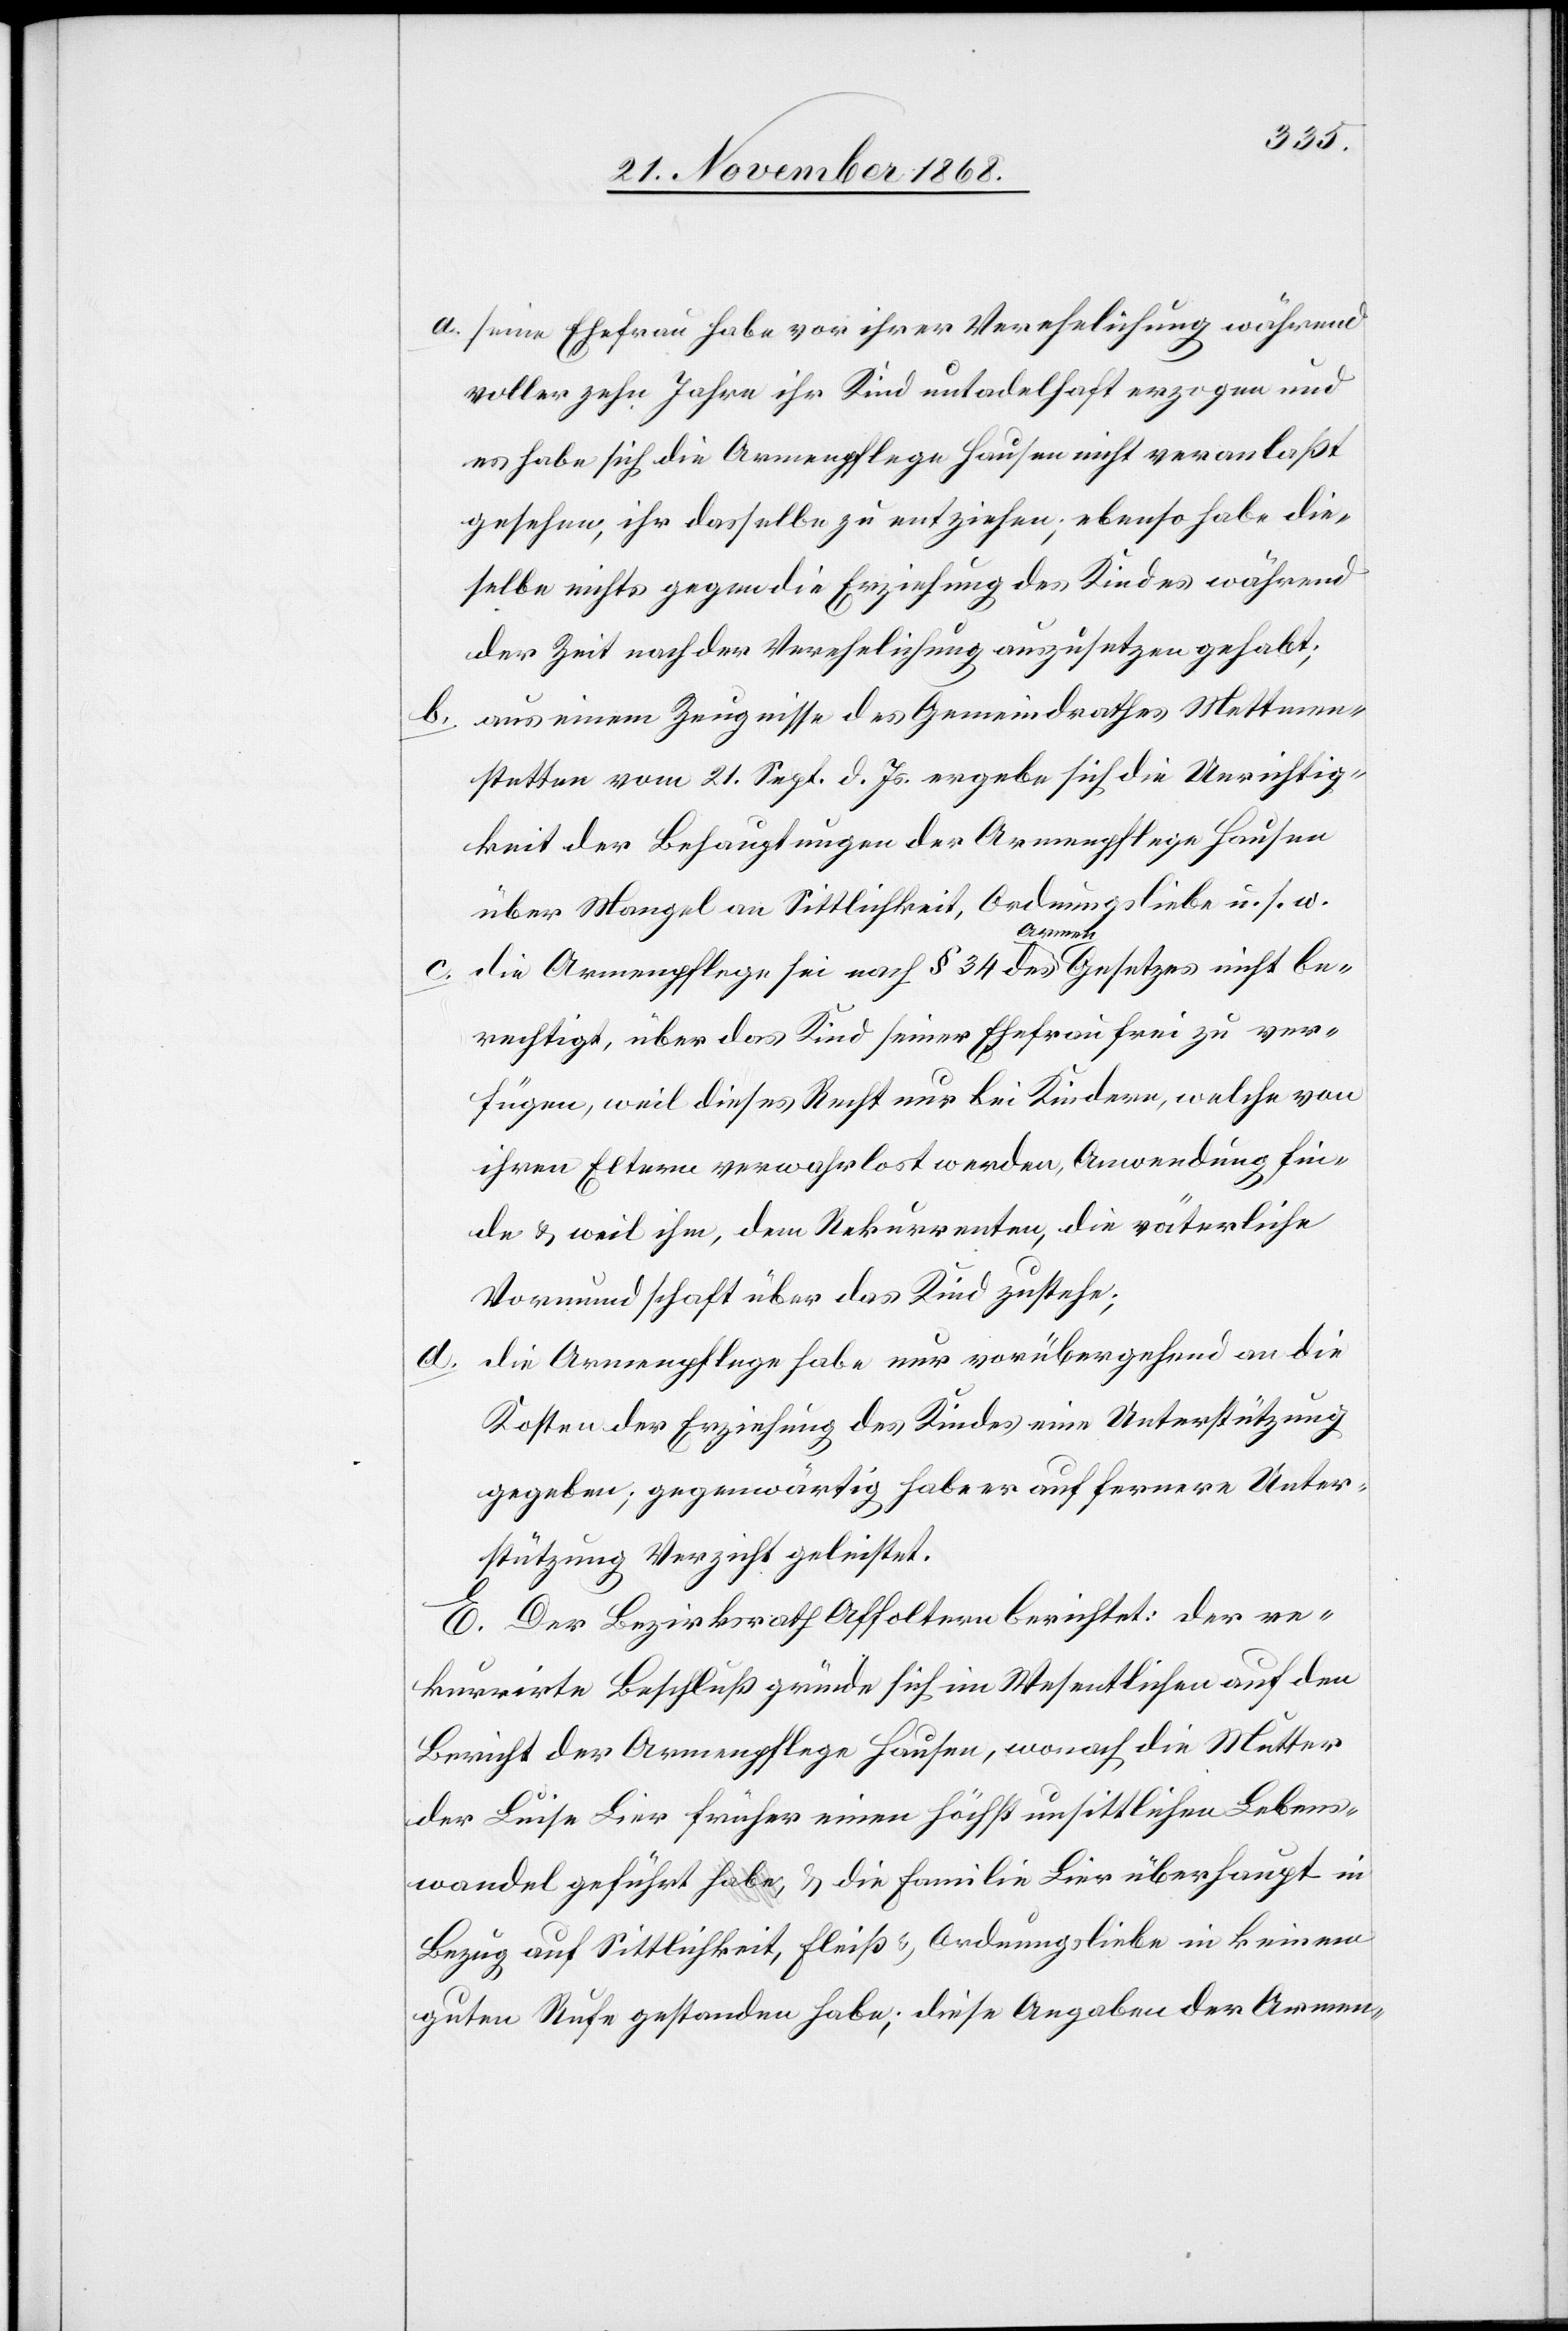
d.

b.

seine Ehefrau habe vor ihrer Verehelichung während
voller zehn Jahre ihr Kind untadelhaft erzogen und
es habe sich die Armenpflege Hausen nicht veranlaßt
gesehen, ihr dasselbe zu entziehen; ebenso habe die¬
selbe nichts gegen die Erziehung des Kindes während
der Zeit nach der Verehelichung auszusetzen gehabt;
aus einem Zeugnisse des Gemeindrathes Mettmen¬
stetten vom 21. Sept. d. Js. ergebe sich die Unrichtig¬
keit der Behauptungen der Armenpflege Hausen
über Mangel an Sittlichkeit, Ordnungsliebe u. s. w.
c.
die Armenpflege sei nach § 34 des Armen Gesetzes nicht be¬
rechtigt, über das Kind seiner Ehefrau frei zu ver¬
fügen, weil dieses Recht nur bei Kindern, welche von
ihren Eltern verwahrlost werden, Anwendung fin¬
de & weil ihm, dem Rekurrenten, die väterliche
Vormundschaft über das Kind zustehe;
die Armenpflege habe nur vorübergehend an die
Kosten der Erziehung des Kindes eine Unterstützung
gegeben; gegenwärtig habe er auf fernere Unter¬
stützung Verzicht geleistet.
E. Der Bezirksrath Affoltern berichtet: Der re¬
kurrirte Beschluß gründe sich im Wesentlichen auf den
Bericht der Armenpflege Hausen, wonach die Mutter
der Luise Lier früher einen höchst unsittlichen Lebens¬
wandel geführt a-habe,-a & die Familie Lier überhaupt in
Bezug auf Sittlichkeit, Fleiß & Ordnungsliebe in keinem
guten Rufe gestanden habe; diese Angaben der Armen-